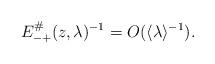
LaTeX: \begin{align*}E_{-+}^\#(z,\lambda)^{-1}=O(\langle\lambda\rangle^{-1}).\end{align*}